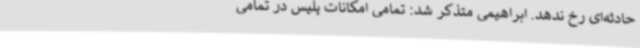
حادثه‌ای رخ ندهد. ابراهیمی متذکر شد: تمامی امکانات پلیس در تمامی